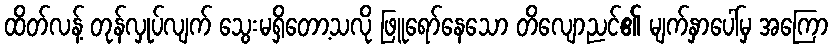
ထိတ်လန့် တုန်လှုပ်လျက် သွေးမရှိတော့သလို ဖြူရော်နေသော တိလျောညင်၏ မျက်နှာပေါ်မှ အကြော